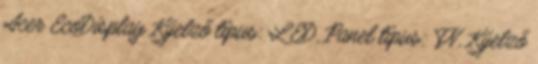
Acer EcoDisplay Kijelző típus: LED, Panel típus: TN, Kijelző